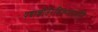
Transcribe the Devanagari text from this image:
पच्चाशीतेरधिकमपनीते